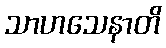
သာဟသေနာတိ